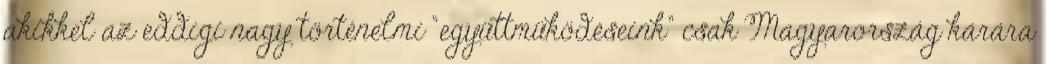
akikkel az eddigi nagy történelmi “együttmüködéseink” csak Magyarország kárára